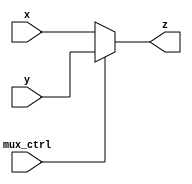
module AluMux (z,x,y,mux_ctrl);

output reg [31:0] z;
input [31:0] x,y;
input mux_ctrl; 
always@ (x or y or mux_ctrl)
begin
if (mux_ctrl ==0)
begin z=x; end 

else if (mux_ctrl ==1)
begin z=y; end 

else 
begin z= 32'bx; end 

end
endmodule